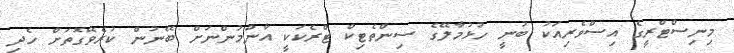
މިނިސްޓްރީގެ އިސްވެރިއަކު ބުނީ ހުޅުމާލޭގެ ސިންތެޓިކް ޓްރެކަކީ އާންމުންނަށް ބޭނުން ކުރެވޭގޮތަށް ހެދި